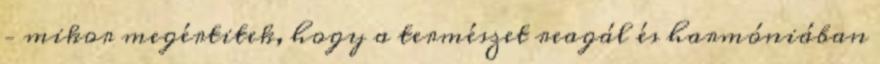
– mikor megértitek, hogy a természet reagál és harmóniában